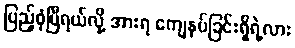
ပြည့်စုံပြီရယ်လို့ အားရ ကျေနပ်ခြင်းရှိရဲ့လား